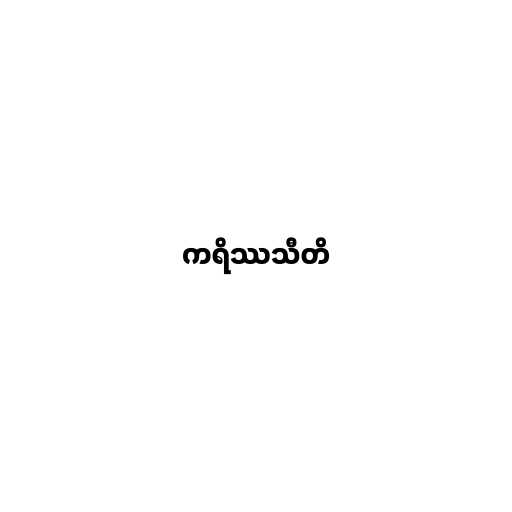
ကရိဿသီတိ